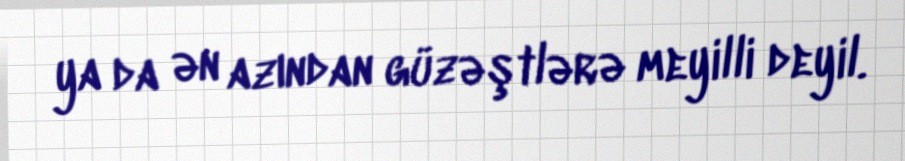
ya da ən azından güzəştlərə meyilli deyil.